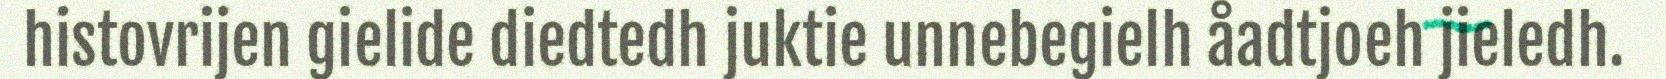
histovrijen gielide diedtedh juktie unnebegielh åadtjoeh jieledh.